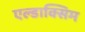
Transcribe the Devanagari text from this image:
एल्डाक्सिम